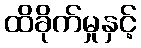
ထိခိုက်မှုနှင့်